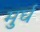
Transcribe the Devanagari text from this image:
मुर्घ